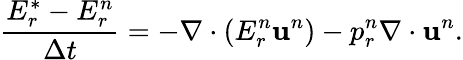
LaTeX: \frac{E_{r}^{*}-E_{r}^{n}}{\Delta t}=-\nabla\cdot\left(E_{r}^{n}\mathbf{u}^{n}\right)-p_{r}^{n}\nabla\cdot\mathbf{u}^{n}.